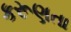
કરૂણતા